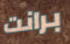
برانت